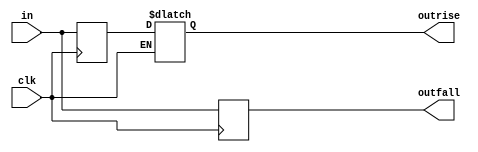
// This program was cloned from: https://github.com/aolofsson/oh
// License: MIT License

//#############################################################################
//# Function: Dual data rate input buffer                                     #
//# Copyright: OH Project Authors. All rights Reserved.                       #
//# License:  MIT (see LICENSE file in OH repository)                         #
//#############################################################################
module asic_iddr #(parameter PROP = "DEFAULT")   (
    input      clk,     // clock
    input      in,      // data input sampled on both edges of clock
    output reg outrise, // rising edge sample
    output reg outfall  // falling edge sample
    );

   // Negedge Sample
   always @ (negedge clk)
     outfall <= in;

   // Posedge Sample
   reg 	       inrise;
   always @ (posedge clk)
     inrise <= in;

   // Posedge Latch (for hold)
   always @ (clk or inrise)
     if(~clk)
       outrise <= inrise;

endmodule